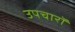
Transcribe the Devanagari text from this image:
उपचारॉ